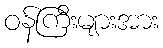
ဝန်ကြီးများအား